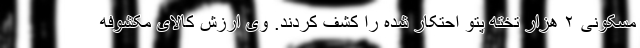
مسکونی ۲ هزار تخته پتو احتکار شده را کشف کردند. وی ارزش کالای مکشوفه